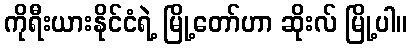
ကိုရီးယားနိုင်ငံရဲ့ မြို့တော်ဟာ ဆိုးလ် မြို့ပါ။